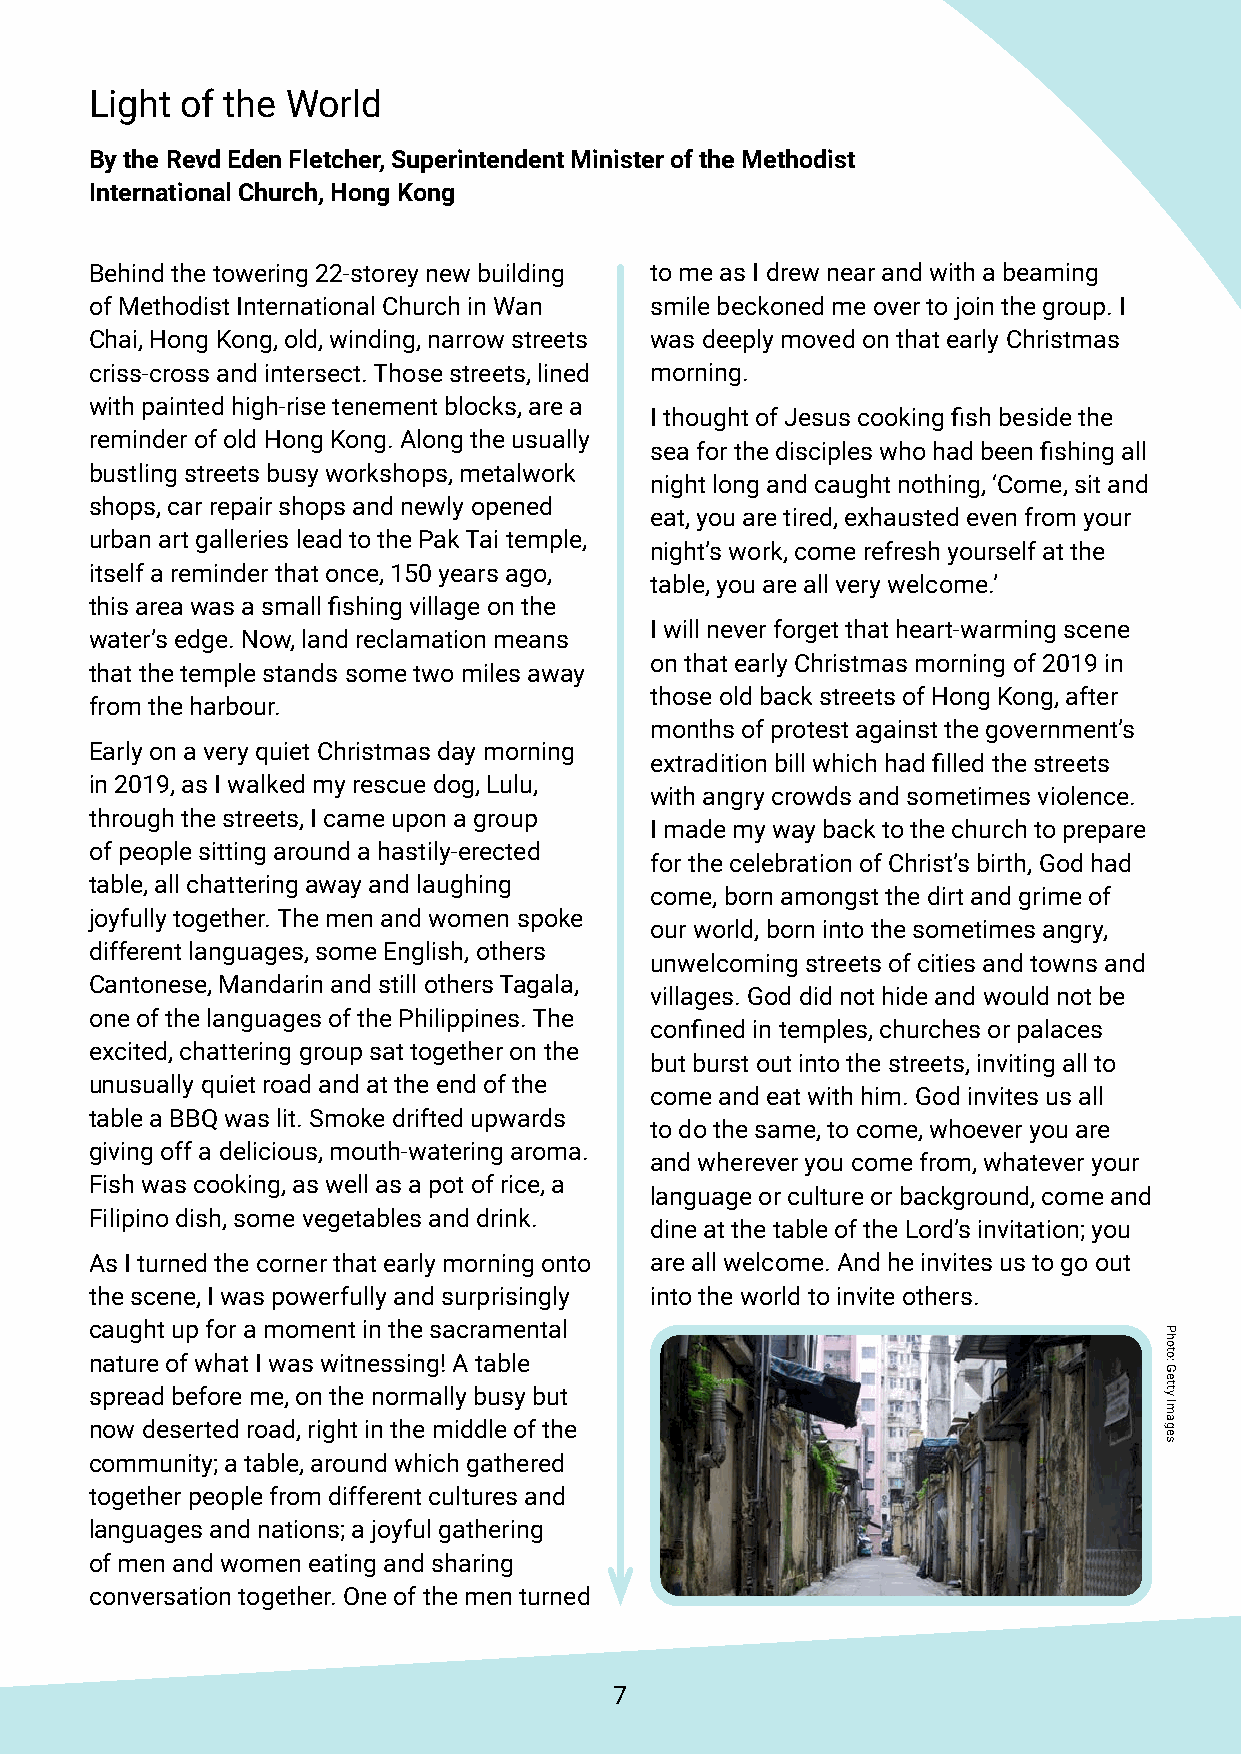
Light of the World
 By the Revd Eden Fletcher, Superintendent Minister of the Methodist
 International Church, Hong Kong
 Behind the towering 22-storey new building to me as I drew near and with a beaming
 of Methodist International Church in Wan smile beckoned me over to join the group. I
 Chai, Hong Kong, old, winding, narrow streets was deeply moved on that early Christmas
 criss-cross and intersect. Those streets, lined morning.
 with painted high-rise tenement blocks, are a
 I thought of Jesus cooking fish beside the
 reminder of old Hong Kong. Along the usually
 sea for the disciples who had been fishing all
 bustling streets busy workshops, metalwork
 night long and caught nothing, ‘Come, sit and
 shops, car repair shops and newly opened
 eat, you are tired, exhausted even from your
 urban art galleries lead to the Pak Tai temple,
 night’s work, come refresh yourself at the
 itself a reminder that once, 150 years ago,
 table, you are all very welcome.’
 this area was a small fishing village on the
 I will never forget that heart-warming scene
 water’s edge. Now, land reclamation means
 on that early Christmas morning of 2019 in
 that the temple stands some two miles away
 those old back streets of Hong Kong, after
 from the harbour.
 months of protest against the government’s
 Early on a very quiet Christmas day morning
 extradition bill which had filled the streets
 in 2019, as I walked my rescue dog, Lulu,
 with angry crowds and sometimes violence.
 through the streets, I came upon a group
 I made my way back to the church to prepare
 of people sitting around a hastily-erected
 for the celebration of Christ’s birth, God had
 table, all chattering away and laughing
 come, born amongst the dirt and grime of
 joyfully together. The men and women spoke
 our world, born into the sometimes angry,
 different languages, some English, others
 unwelcoming streets of cities and towns and
 Cantonese, Mandarin and still others Tagala,
 villages. God did not hide and would not be
 one of the languages of the Philippines. The
 confined in temples, churches or palaces
 excited, chattering group sat together on the
 but burst out into the streets, inviting all to
 unusually quiet road and at the end of the
 come and eat with him. God invites us all
 table a BBQ was lit. Smoke drifted upwards
 to do the same, to come, whoever you are
 giving off a delicious, mouth-watering aroma.
 and wherever you come from, whatever your
 Fish was cooking, as well as a pot of rice, a
 language or culture or background, come and
 Filipino dish, some vegetables and drink.
 dine at the table of the Lord’s invitation; you
 As I turned the corner that early morning onto are all welcome. And he invites us to go out
 the scene, I was powerfully and surprisingly into the world to invite others.
 caught up for a moment in the sacramental
 nature of what I was witnessing! A table
 spread before me, on the normally busy but
 now deserted road, right in the middle of the
 community; a table, around which gathered
 together people from different cultures and
 languages and nations; a joyful gathering
 of men and women eating and sharing
 conversation together. One of the men turned
 7
 Photo:
 Getty
 Images